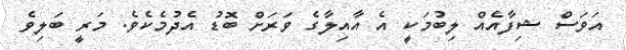
އަވަސް ޝިފާއެއް ލިބުމަކީ އެ އާއިލާގެ ވަރަށް ބޮޑު އެދުމެކެވެ. މަރީ ބަލިވެ